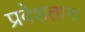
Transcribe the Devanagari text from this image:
प्रवेशताना